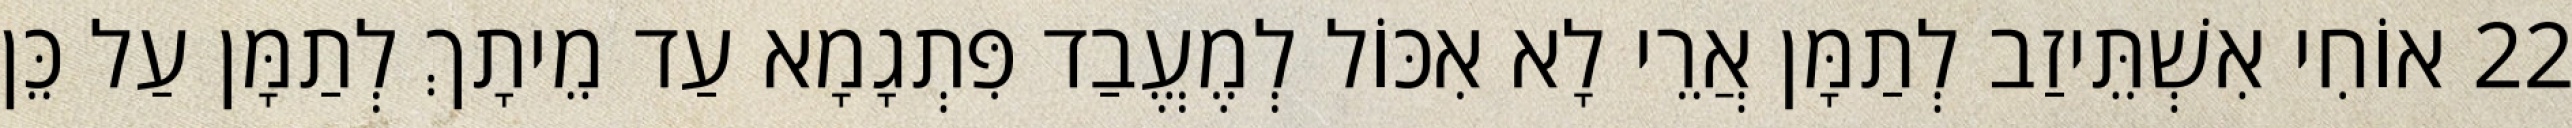
22 אוֹחִי אִשְׁתֵּיזַב לְתַמָּן אֲרֵי לָא אִכּוֹל לְמֶעֱבַד פִּתְגָמָא עַד מֵיתָךְ לְתַמָּן עַל כֵּן